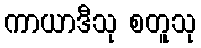
ကာယာဒီသု စတူသု